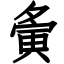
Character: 夤